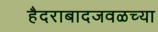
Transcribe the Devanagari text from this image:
हैदराबादजवळच्या